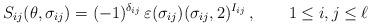
LaTeX: \begin{align*}S_{ij}(\theta ,\sigma _{ij})=(-1)^{\delta _{ij}}\,\varepsilon (\sigma_{ij})(\sigma _{ij},2)^{I_{ij}}\,,\qquad 1\leq i,j\leq \ell \end{align*}